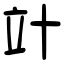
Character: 竍